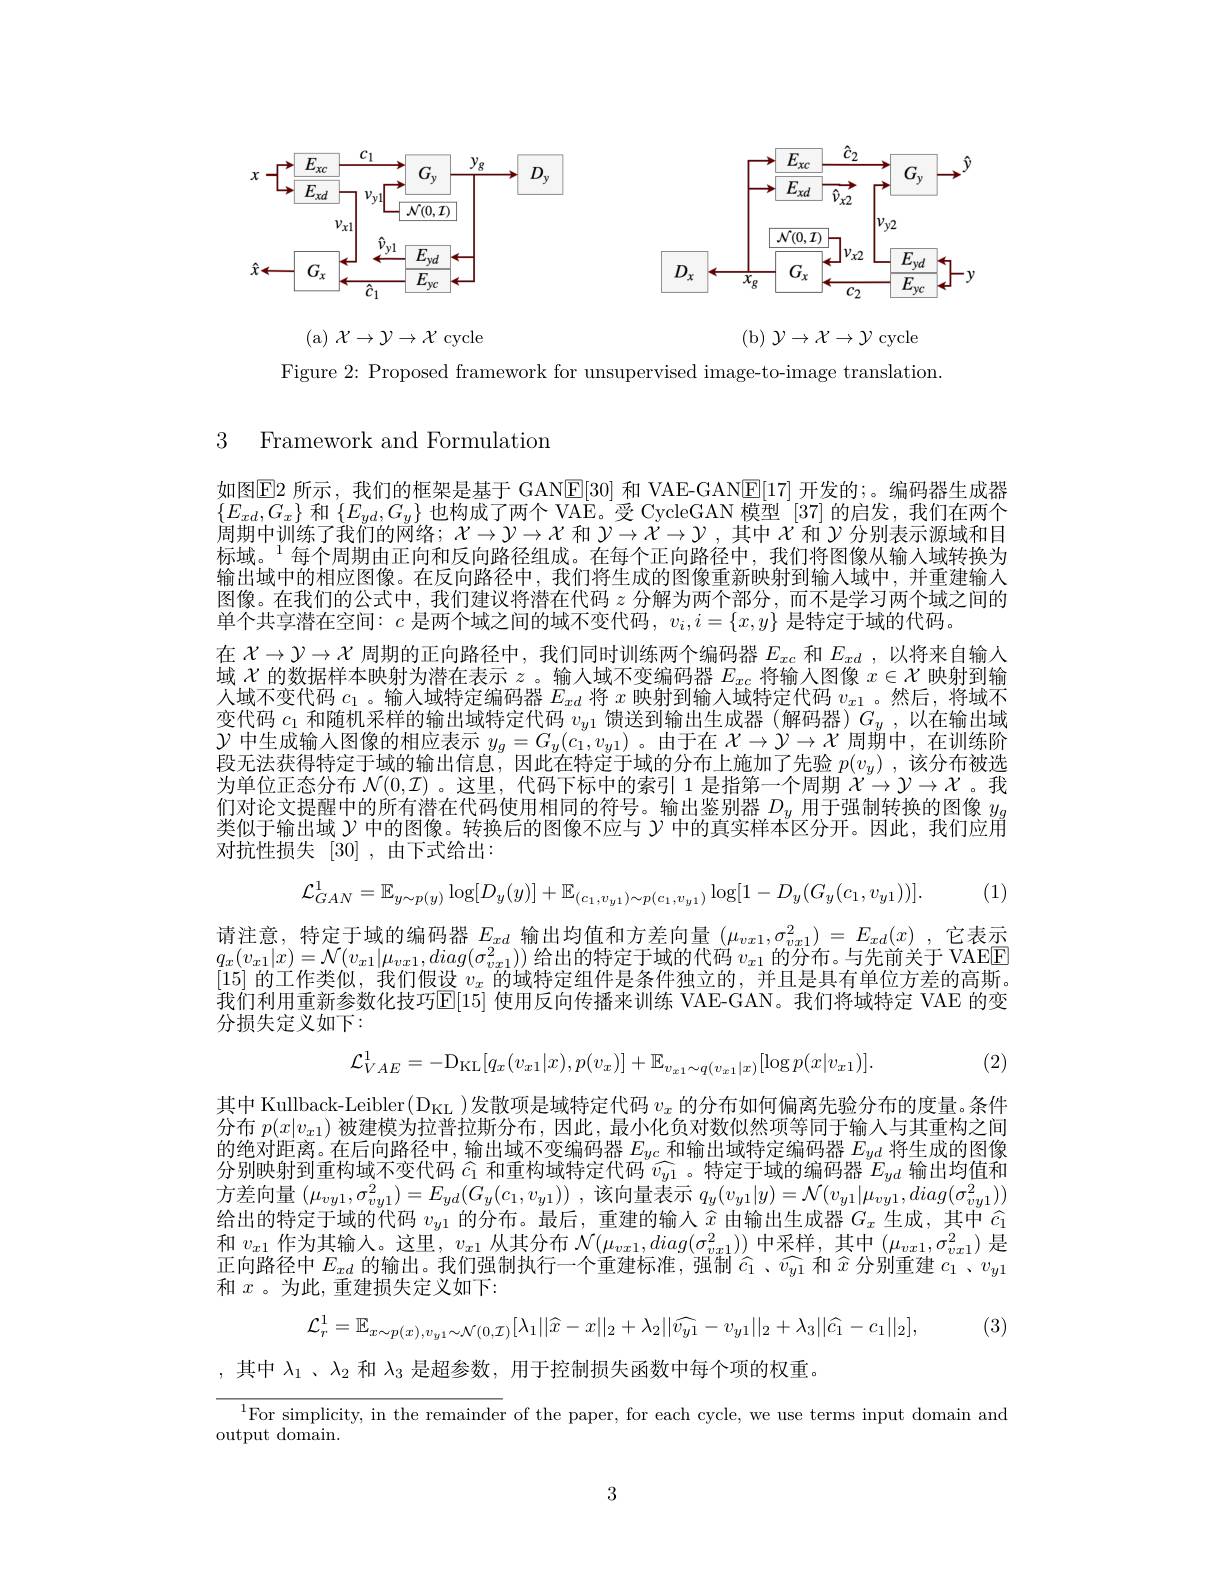
<FigureHere>

(a) $\mathcal{X} \to \mathcal{Y} \to \mathcal{X}$cycle
(b) $\mathcal{Y} \to \mathcal{X} \to \mathcal{Y}$cycle

Figure 2: Proposed framework for unsupervised image-to-image translation.

## 3 Framework and Formulation

如图$\boxed{\mathrm{E}}$2 所示，我们的框架是基于 GAN$\boxed{\mathrm{E}}[30]$ 和 VAE-GAN$\boxed{\mathrm{E}}[17]$ 开发的；。编码器生成器$\{E_{xd},G_{x}\}$和$\{E_{yd},G_{y}\}$也构成了两个 VAE。受 CycleGAN 模型 [37] 的启发，我们在两个周期中训练了我们的网络；$\chi\to\mathcal{Y}\to\mathcal{X}$和$\mathcal{Y}\to\mathcal{X}\to\mathcal{Y}$,其中$\mathcal{X}$和$\mathcal{Y}$分别表示源域和目标域。$^{1}$每个周期由正向和反向路径组成。在每个正向路径中，我们将图像从输入域转换为输出域中的相应图像。在反向路径中，我们将生成的图像重新映射到输入域中，并重建输人图像。在我们的公式中，我们建议将潜在代码$z$分解为两个部分，而不是学习两个域之间的单个共享潜在空间：$c$是两个域之间的域不变代码$,v_i,i=\{x,y\}$是特定于域的代码。
在$X\to\mathcal{Y}\to\mathcal{X}$周期的正向路径中，我们同时训练两个编码器$E_xc$和$E_{xd}$ ,以将来自输人域$\mathcal{X}$的数据样本映射为潜在表示$z$。输人域不变编码器$E_xc$将输入图像$x\in\mathcal{X}$映射到输人域不变代码$c_1$ 。输入域特定编码器$E_xd$将$x$映射到输人域特定代码$v_x1$ 。然后，将域不变代码$c_1$和随机采样的输出域特定代码$v_y1$馈送到输出生成器 (解码器)$G_y$,以在输出域$\mathcal{Y}$中生成输人图像的相应表示$y_g=G_y(c_1,v_{y1})$ 。由于在$\mathcal{X}\to\mathcal{Y}\to\mathcal{X}$周期中，在训练阶段无法获得特定于域的输出信息，因此在特定于域的分布上施加了先验$p(v_y)$ ,该分布被选为单位正态分布$\mathcal{N}(0,\mathcal{I})$ 。这里，代码下标中的索引 1 是指第一个周期$\dot{X}\to\mathcal{Y}\to\mathcal{X}$ 。我们对论文提醒中的所有潜在代码使用相同的符号。输出鉴别器$D_y$用于强制转换的图像$y_g$ 类似于输出域$\gamma$中的图像。转换后的图像不应与$\gamma$中的真实样本区分开。因此，我们应用对抗性损失[30],由下式给出：
$$\mathcal{L}_{GAN}^{1}=\mathbb{E}_{y\sim p(y)}\log[D_{y}(y)]+\mathbb{E}_{(c_{1},v_{y1})\sim p(c_{1},v_{y1})}\log[1-D_{y}(G_{y}(c_{1},v_{y1}))].$$
(1)

请注意，特定于域的编码器$E_xd$输出均值和方差向量$(\mu_vx1,\sigma_{vx1}^2)=E_{xd}(x)$ ,它表示$q_{x}(v_{x1}|x)=\mathcal{N}(v_{x1}|\mu_{vx1},diag(\sigma_{vx1}^{2}))$给出的特定于域的代码$v_x1$的分布。与先前关于 VAEE [15]的工作类似，我们假设$v_x$的域特定组件是条件独立的，并且是具有单位方差的高斯。我们利用重新参数化技巧$\operatorname{E}[15]$ 使用反向传播来训练 VAE-GAN。我们将域特定 VAE 的变分损失定义如下：
$$\mathcal{L}_{VAE}^{1}=-\mathrm{D}_{\mathrm{KL}}[q_{x}(v_{x1}|x),p(v_{x})]+\mathbb{E}_{v_{x1}\sim q(v_{x1}|x)}[\log p(x|v_{x1})].$$
(2)

其中 Kullback-Leibler( D$_\mathrm{KL}$ )发散项是域特定代码$v_x$的分布如何偏离先验分布的度量。条件分布$p(x|v_{x1})$被建模为拉普拉斯分布，因此，最小化负对数似然项等同于输入与其重构之间的绝对距离。在后向路径中，输出域不变编码器$E_yc$和输出域特定编码器$E_{yd}$将生成的图像分别映射到重构域不变代码$\widehat{c_1}$和重构域特定代码$\widehat{v_{y1}}$ 。特定于域的编码器$E_yd$输出均值和方差向量$( \mu _vy1, \sigma _{vy1}^2) = E_{yd}( G_y( c_1, v_{y1}) )$ ,该向量表示$q_y(v_{y1}|y)=\mathcal{N}(v_{y1}|\mu_{vy1},diag(\sigma_{vy1}^2))$ 给出的特定于域的代码$v_y1$的分布。最后，重建的输入$\widehat{x}$由输出生成器$G_x$生成，其中$\widehat{c}_1$ 和$v_x1$作为其输入。这里，$v_x1$从其分布 $\mathcal{N}(\mu_vx1,diag(\sigma_{vx1}^2))$ 中采样，其中$(\mu_vx1,\sigma_{vx1}^2)$ 是正向路径中$E_xd$的输出。我们强制执行一个重建标准，强制$\widehat{c}_1$、$\widehat{v}_{y1}$和$\widehat{x}$分别重建$c_1$、$v_y1$ 和 $x$。为此，重建损失定义如下：
$$\mathcal{L}_{r}^{1}=\mathbb{E}_{x\sim p(x),v_{y1}\sim\mathcal{N}(0,\mathcal{I})}[\lambda_{1}||\widehat x-x||_{2}+\lambda_{2}||\widehat{v_{y1}}-v_{y1}||_{2}+\lambda_{3}||\widehat{c_{1}}-c_{1}||_{2}],$$
(3)

,其中$\lambda_1$ 、$\lambda_2$和$\lambda_3$是超参数，用于控制损失函数中每个项的权重。

$^{1}$For simplicity, in the remainder of the paper, for each cycle, we use terms input domain and

output domain.

3